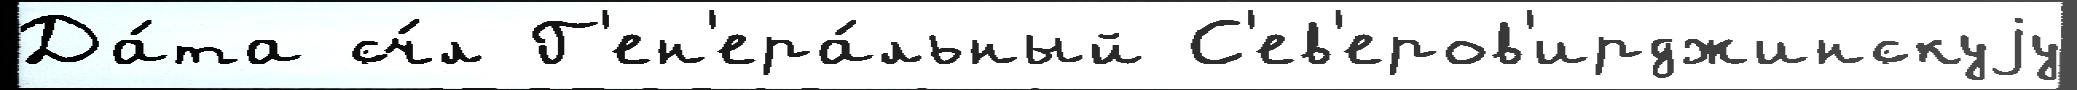
Да́та сч́л Г'ен'ера́льный С'ев'еров'ирджинскуjу